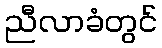
ညီလာခံတွင်